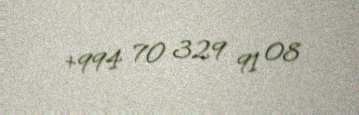
+994 70 329 91 08